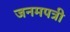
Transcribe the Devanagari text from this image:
जनमपत्री